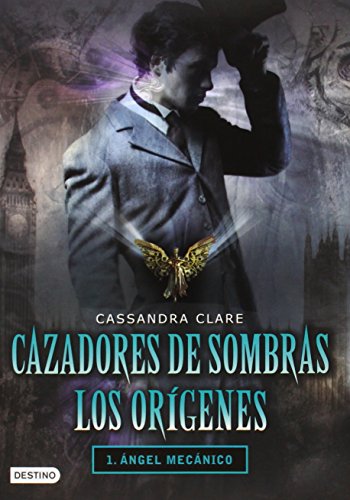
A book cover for Cazadores de sombras. Los orÃ­genes. 1. angel mecÃ¡nico (Infernal Devices) (Spanish Edition); Cassandra Clare; Teen & Young Adult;